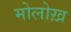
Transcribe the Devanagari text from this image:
मोलोख़